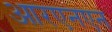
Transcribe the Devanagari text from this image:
आरएनएन